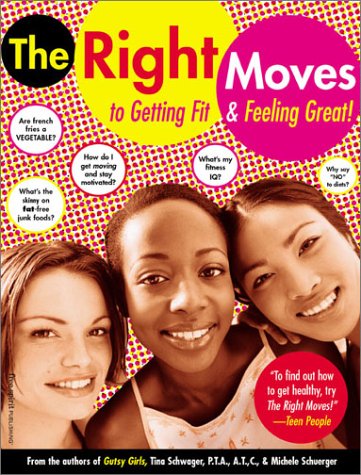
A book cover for The Right Moves: to Getting Fit and Feeling Great; Tina Schwager; Teen & Young Adult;